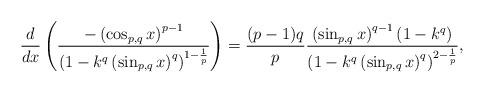
LaTeX: \begin{align*}\frac{d}{{dx}}\left( {\frac{{ - \left( {\cos _{p,q} x} \right)^{p - 1} }}{{\left( {1 - k^q \left( {\sin _{p,q} x} \right)^q } \right)^{1 - \frac{1}{p}} }}} \right) = \frac{{(p - 1)q}}{p}\frac{{\left( {\sin _{p,q} x} \right)^{q - 1} \left( {1 - k^q } \right)}}{{\left( {1 - k^q \left( {\sin _{p,q} x} \right)^q } \right)^{2 - \frac{1}{p}} }},\end{align*}